Sketch of the medical history of the native army of Bombay, for the year
Year: 1876
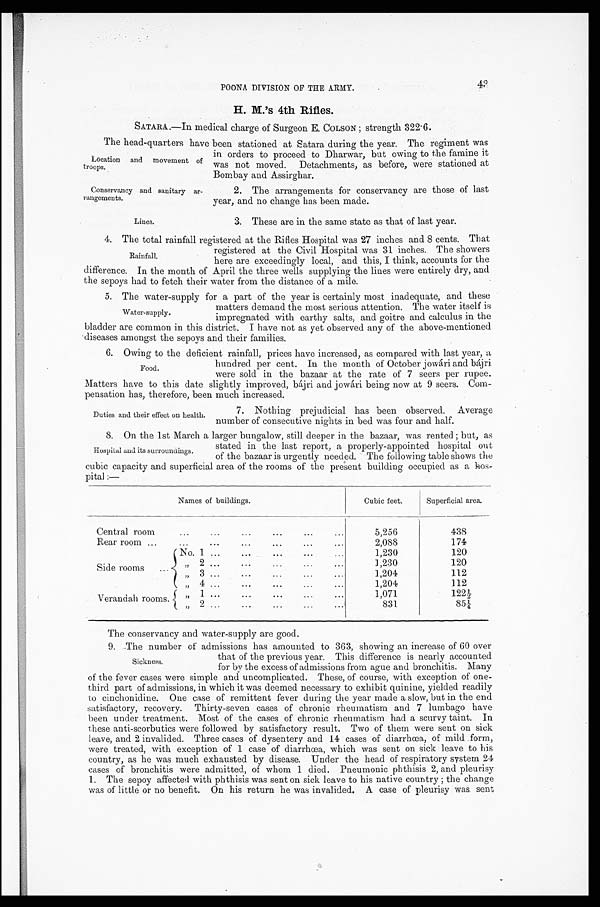
POONA DIVISION OF THE ARMY.
43
H. M.’s 4th Rifles.
SATARA.—In medical charge of Surgeon E. COLSON ; strength 322.6.
The head-quarters have been stationed at Satara during the year. The regiment was
in orders to proceed to Dharwar, but owing to the famine it
was not moved. Detachments, as before, were stationed at
Bombay and Assirghar.
Location and movement of
troops.
Conservancy and sanitary ar-
rangements.
2. The arrangements for conservancy are those of last
year, and no change has been made.
3. These are in the same state as that of last year.
4. The total rainfall registered at the Rifles Hospital was 27 inches and 8 cents. That
registered at the Civil Hospital was 31 inches. The showers
here are exceedingly local, and this, I think, accounts for the
difference. In the month of April the three wells supplying the lines were entirely dry, and
the sepoys had to fetch their water from the distance of a mile.
5. The water-supply for a part of the year is certainly most inadequate, and these
matters demand the most serious attention. The water itself is
impregnated with earthy salts, and goitre and calculus in the
bladder are common in this district. I have not as yet observed any of the above-mentioned
diseases amongst the sepoys and their families.
6. Owing to the deficient rainfall, prices have increased, as compared with last year, a
hundred per cent. In the month of October jowári and bájri
were sold in the bazaar at the rate of 7 seers per rupee.
Matters have to this date slightly improved, bájri and jowári being now at 9 seers. Com-
pensation has, therefore, been much increased.
Lines.
Rainfall.
Water-supply.
Food.
Duties and their effect on health.
7. Nothing prejudicial has been observed. Average
number of consecutive nights in bed was four and half.
8. On the 1st March a larger bungalow, still deeper in the bazaar, was rented ; but, as
stated in the last report, a properly-appointed hospital out
of the bazaar is urgently needed. The following table shows the
cubic capacity and superficial area of the rooms of the present building occupied as a hos-
pital :—
Names of buildings.
Cubic feet.
Superficial area.
Central room
...
... ...
...
...
...
5,256
438
Rear room ...
...
...
...
...
...
.
..
2,088
174
No. 1 ...
...
...
... ...
1,230
120
Side rooms
...
„ 2
...
...
...
...
...
1,230
120
„ 3
... ... ... ... ... ... ...
1,204
112
„
4 ...
... ...
...
...
1,204
112
Verandah rooms.
„ 1 ...
...
...
...
...
1,071
122½
„ 2 ...
...
...
... ...
831
85¼
The conservancy and water-supply are good.
9. The number of admissions has amounted to 363, showing an increase of 60 over
that of the previous year. This difference is nearly accounted
Sickness.
for by the excess of admissions from ague and bronchitis. Many
of the fever cases were simple and uncomplicated. These, of course, with exception of one-
third part of admissions, in which it was deemed necessary to exhibit quinine, yielded readily
to cinchonidine. One case of remittent fever during the year made a slow, but in the end
satisfactory, recovery. Thirty-seven cases of chronic rheumatism and 7 lumbago have
been under treatment. Most of the cases of chronic rheumatism had a scurvy taint. In
these anti-scorbutics were followed by satisfactory result. Two of them were sent on sick
leave, and 2 invalided. Three cases of dysentery and 14 cases of diarrhœa, of mild form,
were treated, with exception of 1 case of diarrhœa, which was sent on sick leave to his
country, as he was much exhausted by disease. Under the head of respiratory system 24
cases of bronchitis were admitted, of whom 1 died. Pneumonic phthisis 2, and pleurisy
1. The sepoy affected with phthisis was sent on sick leave to his native country ; the change
was of little or no benefit. On his return he was invalided. A case of pleurisy was sent
Hospital and its surroundings.